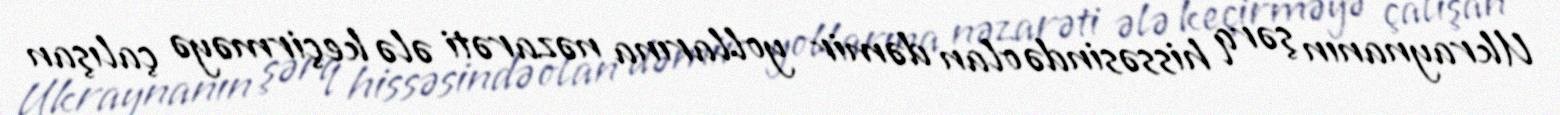
Ukraynanın şərq hissəsində olan dəmir yollarına nəzarəti ələ keçirməyə çalışan